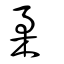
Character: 柔